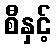
စီနှင့်